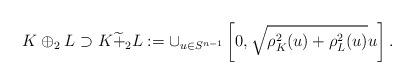
LaTeX: \begin{align*}K\oplus_2L\supset K \widetilde{+}_2L:=\cup_{u\in S^{n-1}}\left[0,\sqrt{\rho_K^2(u)+\rho_L^2(u)}u\right].\end{align*}